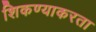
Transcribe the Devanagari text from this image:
शिकण्याकरता